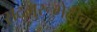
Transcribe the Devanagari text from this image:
सद्गुरूभेटीचा